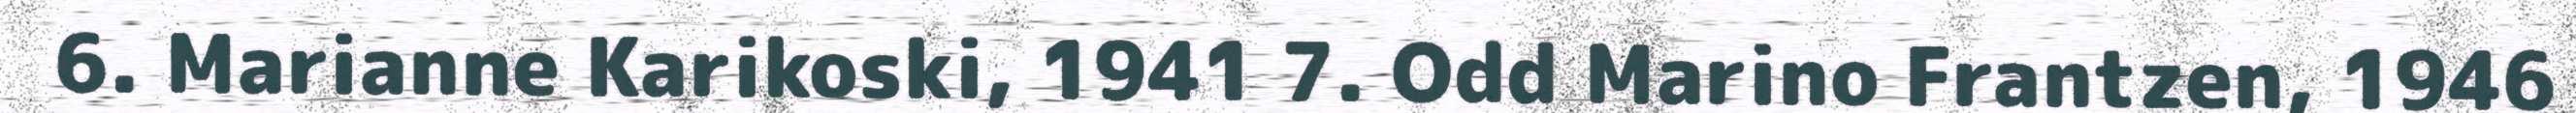
6. Marianne Karikoski, 1941 7. Odd Marino Frantzen, 1946